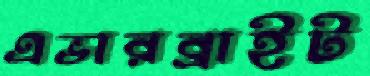
এভারব্রাইট